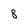
Character: 8